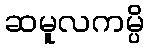
ဆမူလကမ္ပိ